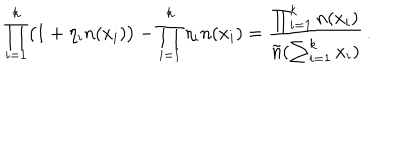
\prod _ { i = 1 } ^ { k } \bigl ( 1 + \eta _ { i } n ( x _ { i } ) \bigr ) - \prod _ { i = 1 } ^ { k } \eta _ { i } n ( x _ { i } ) = { \frac { \prod _ { i = 1 } ^ { k } n ( x _ { i } ) } { \tilde { n } ( \sum _ { i = 1 } ^ { k } x _ { i } ) } } \, .